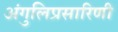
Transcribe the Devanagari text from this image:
अंगुलिप्रसारिणी